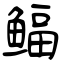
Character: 鲾